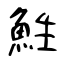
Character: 鮏